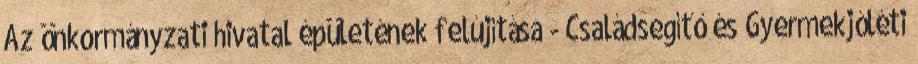
Az önkormányzati hivatal épületének felújítása - Családsegítő és Gyermekjóléti